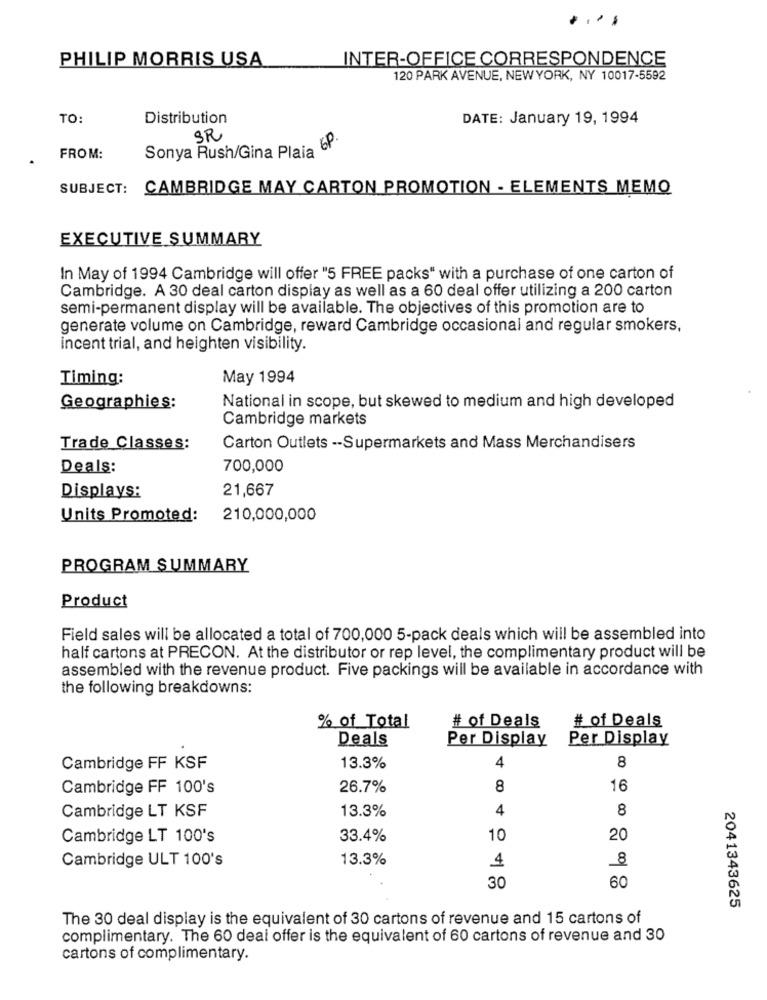
....
PHILIP MORRIS USA
INTER-OFFICE CORRESPONDENCE
120 PARK AVENUE, NEWYORK, NY 10017-5592
TO:
Distribution
DATE: January 19, 1994
SR
Sonya Rush/Gina Plaia 6P
FROM:
SUBJECT: CAMBRIDGE MAY CARTON PROMOTION - ELEMENTS MEMO
EXECUTIVE SUMMARY
In May of 1994 Cambridge will offer "5 FREE packs" with a purchase of one carton of
Cambridge. A 30 deal carton display as well as a 60 deal offer utilizing a 200 carton
semi-permanent display will be available. The objectives of this promotion are to
generate volume on Cambridge, reward Cambridge occasional and regular smokers,
incent trial, and heighten visibility.
Timing:
May 1994
Geographies:
National in scope, but skewed to medium and high developed
Cambridge markets
Trade Classes:
Carton Outlets -- Supermarkets and Mass Merchandisers
Deals:
700,000
Displays:
21,667
Units Promoted:
210,000,000
PROGRAM SUMMARY
Product
Field sales will be allocated a total of 700,000 5-pack deals which will be assembled into
half cartons at PRECON. At the distributor or rep level, the complimentary product will be
assembled with the revenue product. Five packings will be available in accordance with
the following breakdowns:
% of Total
# of Deals
# of Deals
Deals
Per Display
Per Display
8
Cambridge FF KSF
13.3%
4
Cambridge FF 100's
26.7%
8
16
Cambridge LT KSF
13.3%
4
8
Cambridge LT 100's
33.4%
10
20
Cambridge ULT 100's
13.3%
8
4
60
30
2041343625
The 30 deal display is the equivalent of 30 cartons of revenue and 15 cartons of
complimentary. The 60 deal offer is the equivalent of 60 cartons of revenue and 30
cartons of complimentary.